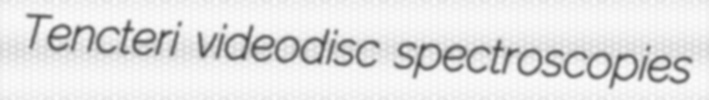
Tencteri videodisc spectroscopies